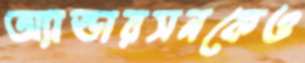
অ্যান্ডারসনকেও